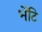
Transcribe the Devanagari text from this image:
भेंटि